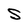
Character: S